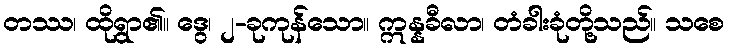
တဿ၊ ထိုရွာ၏။ ဒွေ၊ ၂-ခုကုန်သော။ ဣန္နခီလာ၊ တံခါးခုံတို့သည်။ သစေ